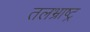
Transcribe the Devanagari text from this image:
तलभ्राष्ट्र